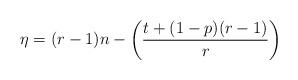
LaTeX: \begin{align*}\eta =(r-1)n-\left( \frac{t+(1-p)(r-1)}{r}\right) \end{align*}